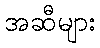
အဆီများ